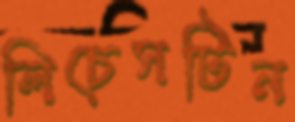
লিচেসটিন